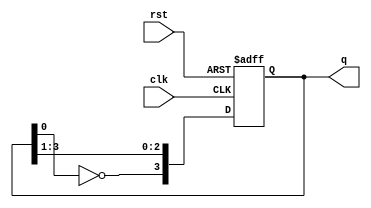
module johnson_counter (
    input wire clk,          // Clock signal
    input wire rst,          // Reset signal
    output reg [3:0] q       // 4-bit output representing the state of the counter
);

    always @(posedge clk or posedge rst) begin
        if (rst) begin
            q <= 4'b0000;    // Initialize counter to 0000 on reset
        end else begin
            // Johnson counter logic
            q[3] <= ~q[0];    // Invert the last flip-flop output and feed it to the first
            q[2] <= q[3];     // Shift the output of flip-flop 3 to flip-flop 2
            q[1] <= q[2];     // Shift the output of flip-flop 2 to flip-flop 1
            q[0] <= q[1];     // Shift the output of flip-flop 1 to flip-flop 0
        end
    end

endmodule